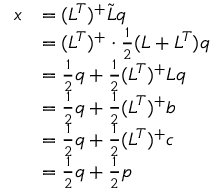
\begin{array} { r l } { x } & { = ( L ^ { T } ) ^ { + } \tilde { L } q } \\ & { = ( L ^ { T } ) ^ { + } \cdot \frac { 1 } { 2 } ( L + L ^ { T } ) q } \\ & { = \frac { 1 } { 2 } q + \frac { 1 } { 2 } ( L ^ { T } ) ^ { + } L q } \\ & { = \frac { 1 } { 2 } q + \frac { 1 } { 2 } ( L ^ { T } ) ^ { + } b } \\ & { = \frac { 1 } { 2 } q + \frac { 1 } { 2 } ( L ^ { T } ) ^ { + } c } \\ & { = \frac { 1 } { 2 } q + \frac { 1 } { 2 } p } \end{array}